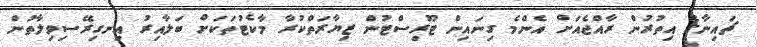
ޗައިނާގެ އިތުރުން ރާއްޖެއަށް އެންމެ ގިނައިން ޓޫރިސްޓުން ޒިޔާރަތްކުރާ މާކެޓުތަކަށް ބަލާއިރު އިނގިރޭސިވިލާތުން